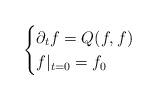
LaTeX: \begin{align*}\begin{cases}\partial_t f = Q(f,f) & \\f|_{t=0} = f_0 &\end{cases}\end{align*}